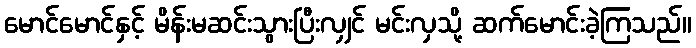
မောင်မောင်နှင့် မိန်းမဆင်းသွားပြီးလျှင် မင်းလှသို့ ဆက်မောင်းခဲ့ကြသည်။